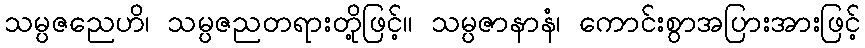
သမ္ပဇညေဟိ၊ သမ္ပဇညတရားတို့ဖြင့်။ သမ္ပဇာနာနံ၊ ကောင်းစွာအပြားအားဖြင့်